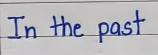
In the past